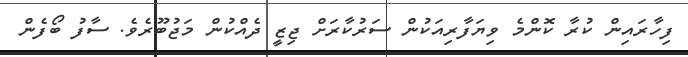
ފިހާރައިން ކުރާ ކޮންމެ ވިޔަފާރިއަކުން ސަރުކާރަށް ޖިޒީ ދެއްކުން މަޖުބޫރެވެ. ސާފު ބޯފެން